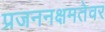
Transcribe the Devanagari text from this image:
प्रजननक्षमतेवर